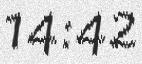
14:42